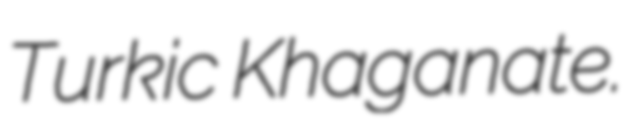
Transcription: Turkic Khaganate.